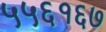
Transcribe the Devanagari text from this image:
५५६१६७